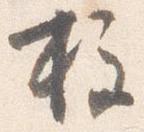
柱